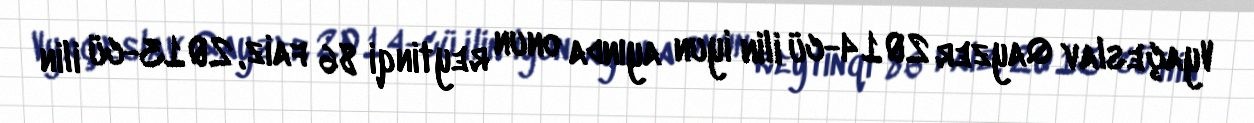
Vyaçeslav Qayzer 2014-cü ilin iyun ayında onun reytinqi 86 faiz, 2013-cü ilin